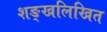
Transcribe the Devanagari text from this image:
शङ्खलिखित